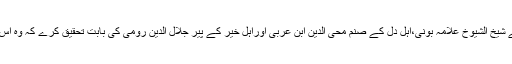
کسے فرصت کہ وہ تصوف کے شیخ الشیوخ علامہ بونی،اہل دل کے صنم محی الدین ابن عربی اوراہل خیر کے پیر جلال الدین رومی کی بابت تحقیق کرے کہ وہ اس ضمن میں کیا کہہ گزرے ہیں۔